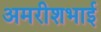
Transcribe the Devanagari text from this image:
अमरीशभाई